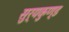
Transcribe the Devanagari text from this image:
सुर्यकुण्ड